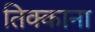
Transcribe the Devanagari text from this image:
तिक्काना